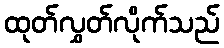
ထုတ်လွှတ်လိုက်သည်